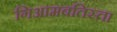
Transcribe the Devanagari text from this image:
गिआमबतिस्ता